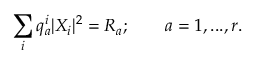
\sum _ { i } q _ { a } ^ { i } | X _ { i } | ^ { 2 } = R _ { a } ; \qquad a = 1 , . . . , r .